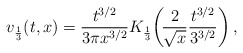
\begin{align*}v_{\frac{1}{3}}(t, x) = \frac{t^{3/2}}{3\pi x^{3/2}} K_{\frac{1}{3}}\!\left(\!\frac{2}{\sqrt{x}}\frac{t^{3/2}}{3^{3/2}}\right), \end{align*}